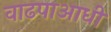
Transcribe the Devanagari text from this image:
वाढपाआधी